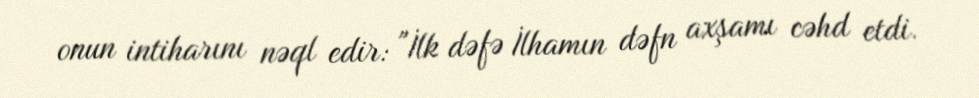
onun intiharını nəql edir: "İlk dəfə İlhamın dəfn axşamı cəhd etdi.